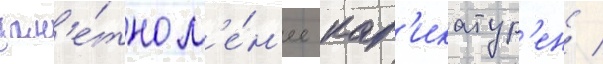
зам'е́тно м'е́н'ее кар'икатур'ен /